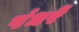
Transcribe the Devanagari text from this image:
पंधरें